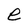
Character: e